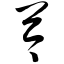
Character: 芩